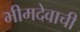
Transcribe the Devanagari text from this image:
भीमदेवाची